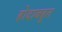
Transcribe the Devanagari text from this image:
होदाबहुत